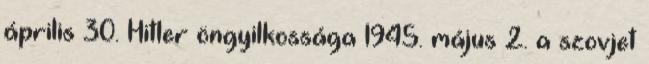
április 30. Hitler öngyilkossága 1945. május 2. a szovjet